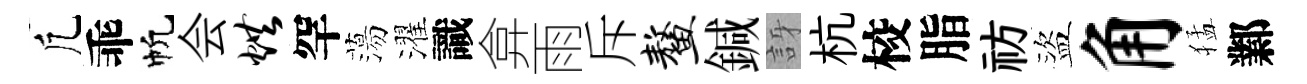
凢乖帆会烘罕蕩濯識弇雨斥鳌鍼訝杭校脂祊盜角猛鄴